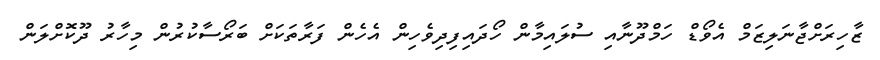
ޒާހިރަށްޖާނަލިޒަމް އެވޯޑް ހަމްދޫނާއި ސުލައިމާން ހޯދައިފިދިވެހިން އެހެން ފަރާތަކަށް ބަރޯސާކުރުން މިހާރު ދޫކޮށްލަން